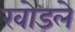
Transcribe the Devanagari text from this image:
खोडले